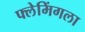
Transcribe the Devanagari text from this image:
फ्लेमिंगला